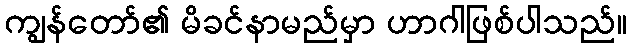
ကျွန်တော်၏ မိခင်နာမည်မှာ ဟာဂါဖြစ်ပါသည်။